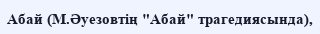
Абай (М.Әуезовтің "Абай" трагедиясында),